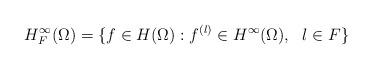
LaTeX: \begin{align*}H_{F}^{\infty}(\Omega)=\{f\in H(\Omega): f^{(l)}\in H^{\infty}(\Omega),\ \ l \in F\}\end{align*}